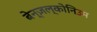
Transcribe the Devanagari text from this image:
बेन्ज़ल्कोनिउम